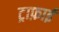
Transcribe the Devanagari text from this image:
ट्राफ़ाई